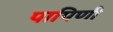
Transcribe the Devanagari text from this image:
पापिणी